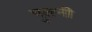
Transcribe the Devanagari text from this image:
पुतनी